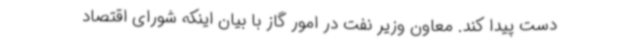
دست پیدا کند. معاون وزیر نفت در امور گاز با بیان اینکه شورای اقتصاد